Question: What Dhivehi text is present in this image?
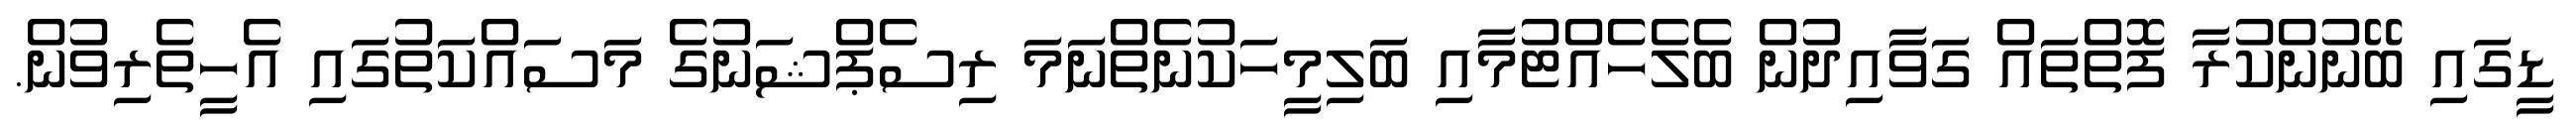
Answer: ޑީގައި ބޭނުންކުރާ ފޮތްތައް ގަވާއިދުން ބެލެހެއްޓުމާއި ބަލިމީހަކުނެތްނަމަ ރިސެޕްޝަނުގެ މަސައްކަތުގައި އެހީތެރިވުން.